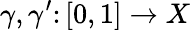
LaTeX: \gamma,\gamma^{\prime}\colon[0,1]\to X